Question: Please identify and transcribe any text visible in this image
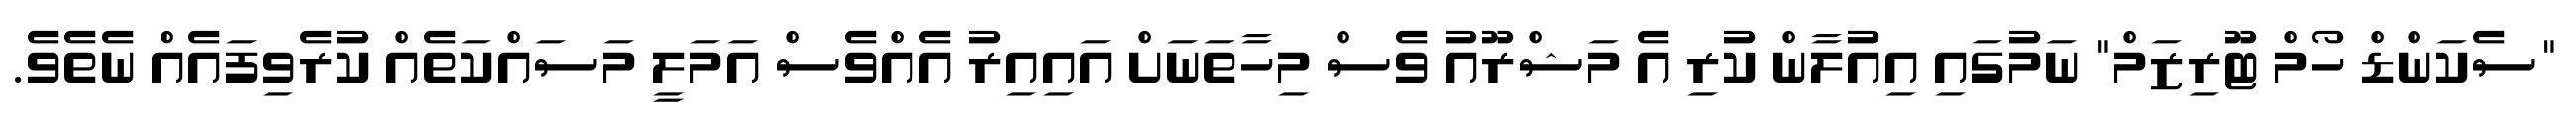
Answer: "ސެކަންޑް ހޯމް ޓޫރިޒަމް" ނަމުގައި އިއުލާން ކުރި އެ މަޝްރޫއު ވެސް މިހާތަނަށް އައިއިރު އެއްވެސް އަމަލީ މަސައްކަތެއް ކުރެވިފައެއް ނެތެވެ.